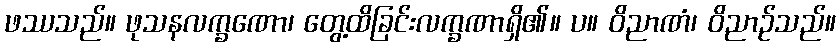
ဖဿသည်။ ဖုသနလက္ခဏော၊ တွေ့ထိခြင်းလက္ခဏာရှိ၏။ ပ။ ဝိညာဏံ၊ ဝိညာဉ်သည်။